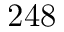
2 4 8